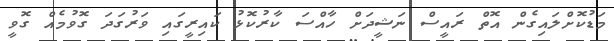
މަޑުކޮށްލައިގެން އޮތް ރައީސް ނަޝީދަށް ހާއްސަ ކާރުކޮޅު ކައިރީގައި ވަރުގަދަ ގޮވުމެއް ގޮވީ